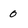
Character: 0